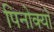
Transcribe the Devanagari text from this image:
पिनोक्यो